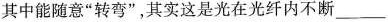
其中能随意”转弯”，其实这是光在光纤内不断___